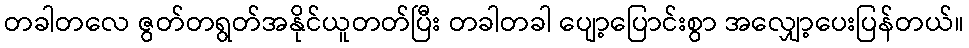
တခါတလေ ဇွတ်တရွတ်အနိုင်ယူတတ်ပြီး တခါတခါ ပျော့ပြောင်းစွာ အလျှော့ပေးပြန်တယ်။